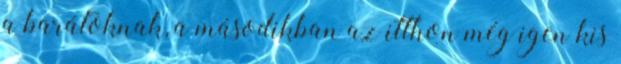
a barátoknak, a másodikban az itthon még igen kis